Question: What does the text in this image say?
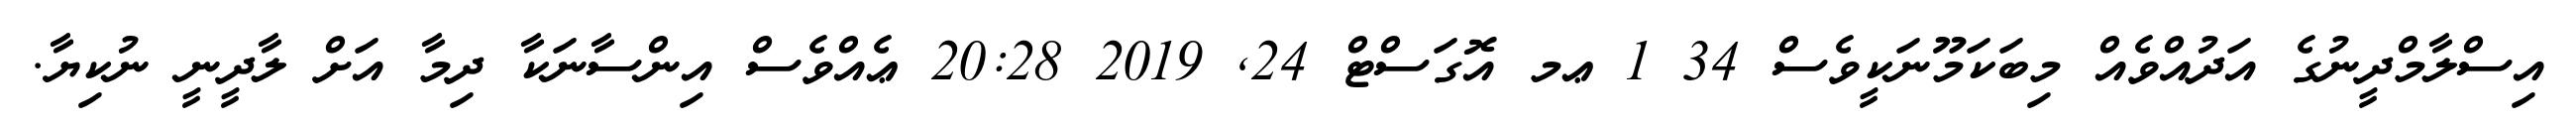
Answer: އިސްލާމްދީނުގެ އަދުއްވެއް މިބަކަމޫނަކީވެސް 34 1 ޢމ އޮގަސްޓް 24, 2019 20:28 ޢެއްވެސް އިންސާނަކާ ދިމާ އަށް ލާދީނީ ނުކިޔާ.